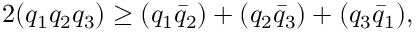
2 ( q _ { 1 } q _ { 2 } q _ { 3 } ) \ge ( q _ { 1 } \bar { q } _ { 2 } ) + ( q _ { 2 } \bar { q } _ { 3 } ) + ( q _ { 3 } \bar { q } _ { 1 } ) ,